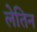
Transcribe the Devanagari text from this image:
लेतिन